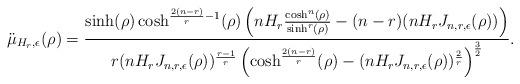
LaTeX: \begin{align*}\ddot{\mu}_{H_r,\epsilon}(\rho) = \frac{\sinh(\rho)\cosh^{\frac{2(n-r)}{r}-1}(\rho)\left(nH_r\frac{\cosh^n(\rho)}{\sinh^r(\rho)}-(n-r)(nH_rJ_{n,r,\epsilon}(\rho))\right)}{r(nH_rJ_{n,r,\epsilon}(\rho))^{\frac{r-1}{r}}\left(\cosh^{\frac{2(n-r)}{r}}(\rho)-(nH_rJ_{n,r,\epsilon}(\rho))^{\frac{2}{r}}\right)^{\frac{3}{2}}}.\end{align*}